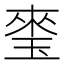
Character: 𤦃